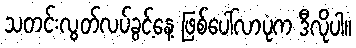
သတင်းလွတ်လပ်ခွင့်နေ့ ဖြစ်ပေါ်လာပုံက ဒီလိုပါ။